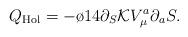
LaTeX: \begin{align*}Q_{{\rm Hol}}=-\o{1}{4} \partial_S {\cal K} V_\mu^a \partial_a S .\end{align*}